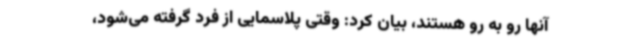
آنها رو به رو هستند، بیان کرد: وقتی پلاسمایی از فرد گرفته می‌شود،